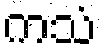
ကသံ